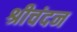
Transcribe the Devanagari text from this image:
श्रीचंदन